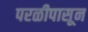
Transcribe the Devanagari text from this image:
परळीपासून